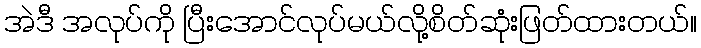
အဲဒီ အလုပ်ကို ပြီးအောင်လုပ်မယ်လို့စိတ်ဆုံးဖြတ်ထားတယ်။